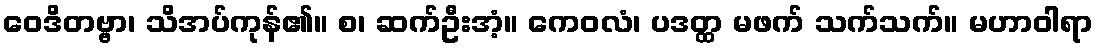
ဝေဒိတဗ္ဗာ၊ သိအပ်ကုန်၏။ စ၊ ဆက်ဦးအံ့။ ကေဝလံ၊ ပဒတ္ထ မဖက် သက်သက်။ မဟာဝါရာ